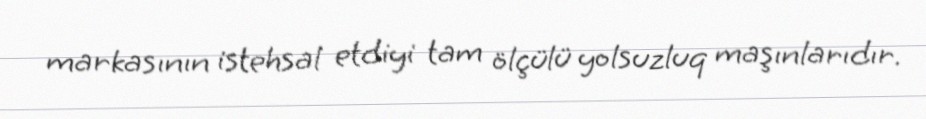
markasının istehsal etdiyi tam ölçülü yolsuzluq maşınlarıdır.